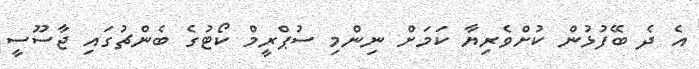
އެ ދެ ބޭފުޅުން ކުށްވެރިޔާ ކަމަށް ނިންމި ސުޕްރީމް ކޯޓުގެ ބެންޗުގައި ޖާސޫސީ